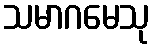
သမာဂမေသု